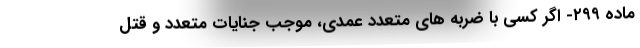
ماده ۲۹۹- اگر کسی با ضربه های متعدد عمدی، موجب جنایات متعدد و قتل